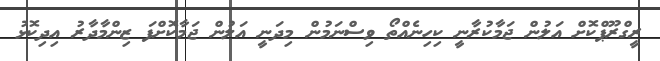
ރީގްރޫޕްކޮށް އަލުން ޖަމާކުރާނީ ކިހިނެއްތޯ ވިސްނަމުން މިދަނީ އަލުން ޖަމާކޮށްފަ ޒިންމާދާރު އިދިކޮޅު